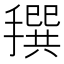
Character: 𢵬